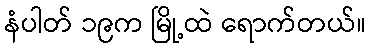
နံပါတ် ၁၉က မြို့ထဲ ရောက်တယ်။